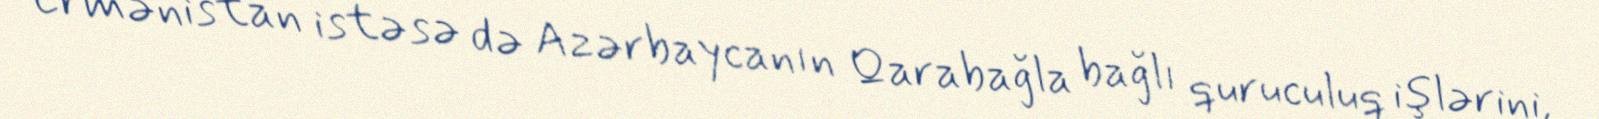
Ermənistan istəsə də Azərbaycanın Qarabağla bağlı quruculuq işlərini,